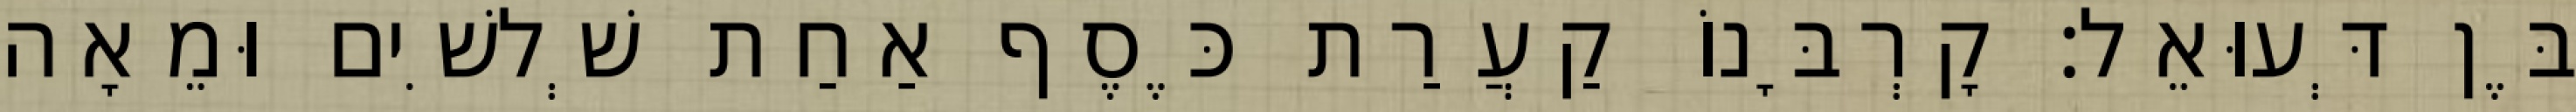
בֶּן דְּעוּאֵל׃ קָרְבָּנוֹ קַעֲרַת כֶּסֶף אַחַת שְׁלשִׁים וּמֵאָה